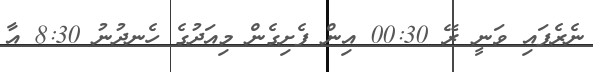
ނެރެފައި ވަނީ ރޭ 00:30 އިން ފެށިގެން މިއަދުގެ ހެނދުނު 8:30 އާ